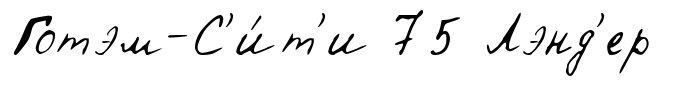
Готэм-С'и́т'и 75 Лэнд'ер